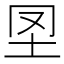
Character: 𡉮